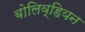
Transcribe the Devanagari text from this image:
बोलिव्हियन